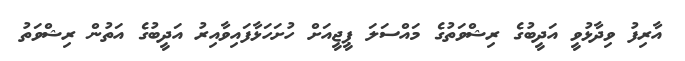
އާރިފު ވިދާޅުވީ އަދީބުގެ ރިޝްވަތުގެ މައްސަލަ ޕީޖީއަށް ހުށަހަޅާފައިވާއިރު އަދީބުގެ އަތުން ރިޝްވަތު